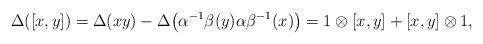
LaTeX: \begin{gather*}\Delta([x,y])=\Delta (xy)-\Delta \big(\alpha^{-1}\beta (y) \alpha\beta^{-1}(x)\big)=1\otimes[x,y]+[x,y]\otimes 1,\end{gather*}